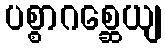
ပစ္စာဂစ္ဆေယျ